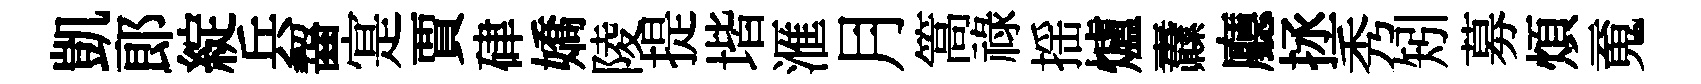
凱郎綻兵齧寔賈硉嬌陵提堦滙月篙祿揺爐纛廳拯秀矧募煩䰟